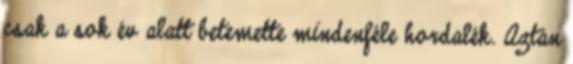
csak a sok év alatt betemette mindenféle hordalék. Aztán